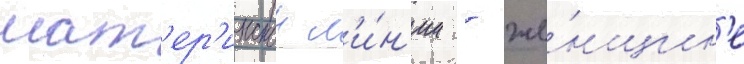
мат'ер'инскои л'и́н'ии - же́нщин'е